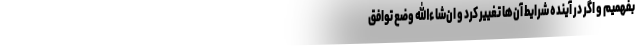
بفهمیم و اگر در آینده شرایط آن‌ها تغییر کرد و ان‌شاءاللّه وضع توافق